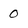
Character: 0